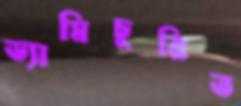
ড্যামিচুরিত